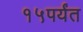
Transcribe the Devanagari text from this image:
१५पर्यंत